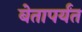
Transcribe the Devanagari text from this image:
बेतापर्यंत